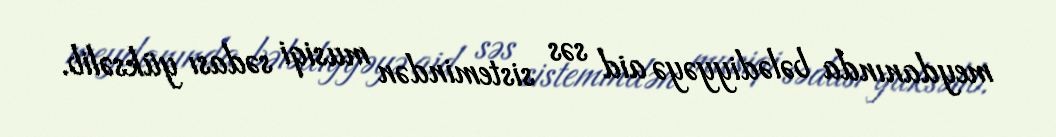
meydanında bələdiyyəyə aid səs sistemindən musiqi sədası yüksəlib.